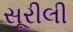
સૂરીલી